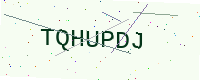
Text: TQHUPDJ